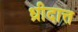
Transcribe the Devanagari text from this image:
ध्रीदात्त